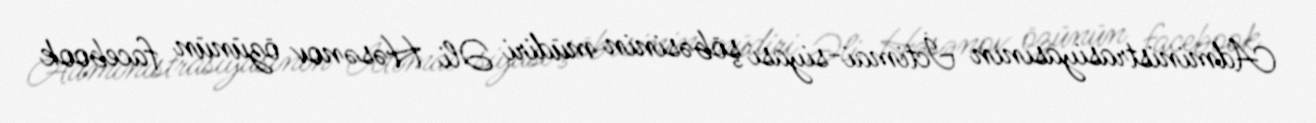
Administrasiyasının İctimai-siyasi şöbəsinin müdiri Əli Həsənov özünün facebook